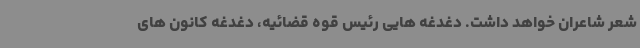
شعر شاعران خواهد داشت. دغدغه هایی رئیس قوه قضائیه، دغدغه کانون های